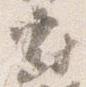
府